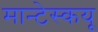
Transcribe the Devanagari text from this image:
मान्टेस्कयू